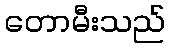
တောမီးသည်